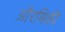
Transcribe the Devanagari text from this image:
औरमिकी